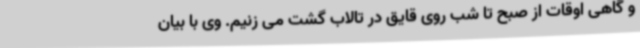
و گاهی اوقات از صبح تا شب روی قایق در تالاب گشت می زنیم. وی با بیان